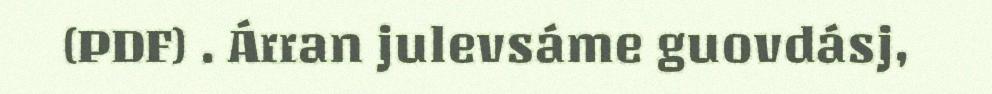
(PDF) . Árran julevsáme guovdásj,